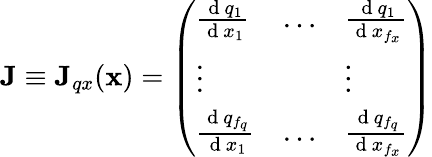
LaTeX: \textbf{J}\equiv\textbf{J}_{qx}(\textbf{x})=\left(\begin{array}{lll}{\frac{\mathrm{~d~}q_{1}}{\mathrm{~d~}x_{1}}}&{\dots}&{\frac{\mathrm{~d~}q_{1}}{\mathrm{~d~}x_{f_{x}}}}\\ {\vdots}&{}&{\vdots}\\ {\frac{\mathrm{~d~}q_{f_{q}}}{\mathrm{~d~}x_{1}}}&{\dots}&{\frac{\mathrm{~d~}q_{f_{q}}}{\mathrm{~d~}x_{f_{x}}}}\end{array}\right)